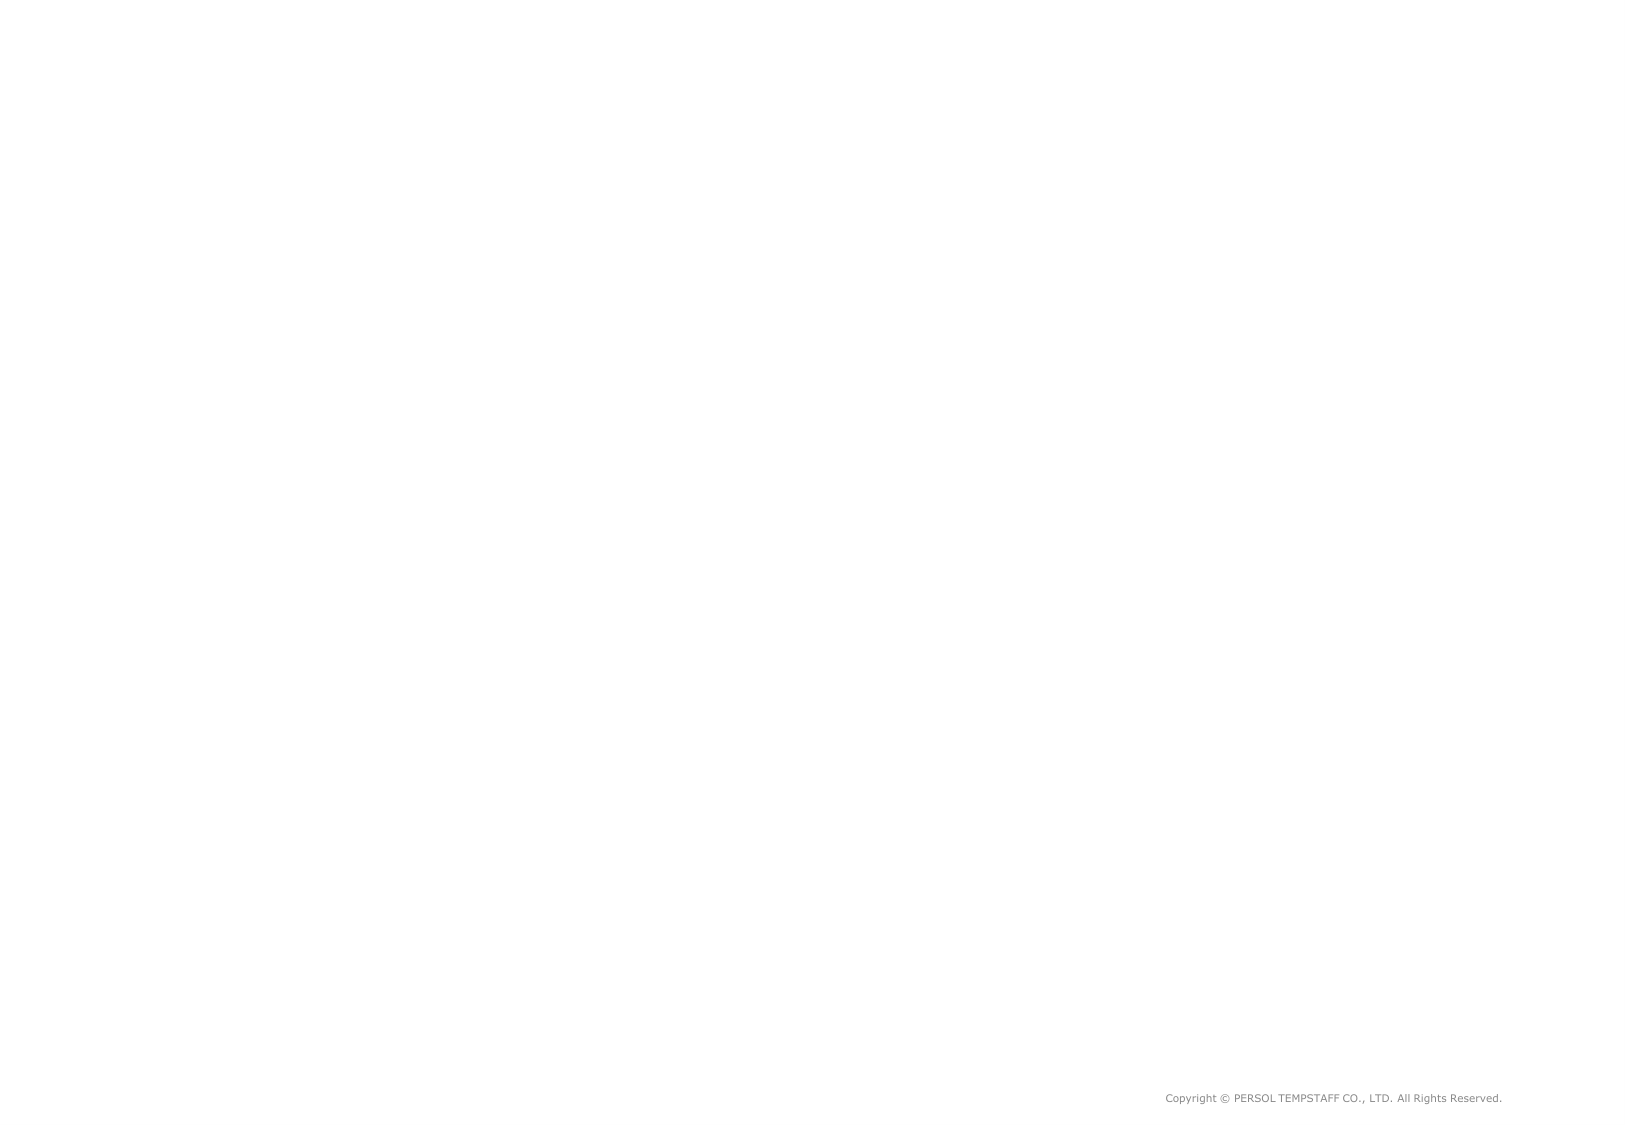
Copyright © PERSOL TEMPSTAFF CO., LTD. All Rights Reserved.